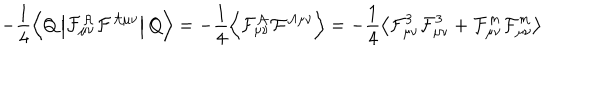
LaTeX: - \frac { 1 } { 4 } \left\langle Q \left| \cal F _ { \mu \nu } ^ { \cal A } \cal F ^ { \cal A \mu \nu } \right| Q \right\rangle = - \frac { 1 } { 4 } \left\langle \cal F _ { \mu \nu } ^ { \cal A } \cal F ^ { \cal A \mu \nu } \right\rangle = - \frac { 1 } { 4 } \left\langle { \cal F } _ { \mu \nu } ^ { 3 } { \cal F } _ { \mu \nu } ^ { 3 } + { \cal F } _ { \mu \nu } ^ { m } { \cal F } _ { \mu \nu } ^ { m } \right\rangle